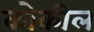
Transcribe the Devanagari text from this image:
कोकील